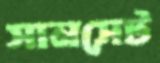
সানসেট